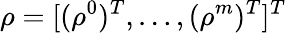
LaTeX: \rho=[(\rho^{0})^{T},\dots,(\rho^{m})^{T}]^{T}